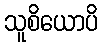
သူစိယောပိ